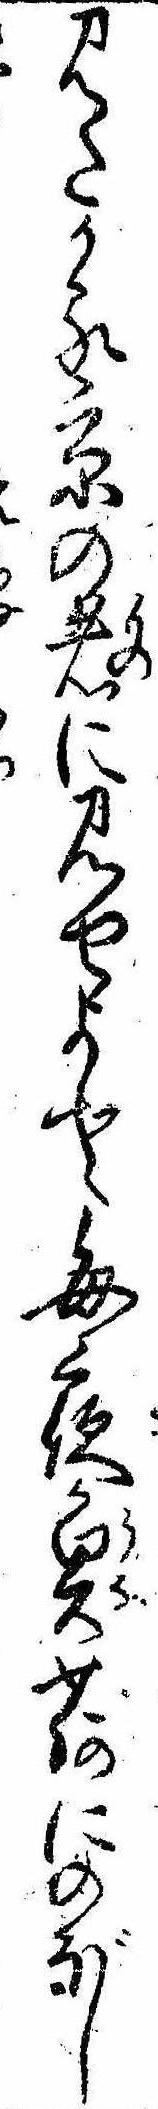
見たかる京の者に見せよと毎夜魚荷にのぼし